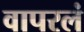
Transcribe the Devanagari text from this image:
वापरलं